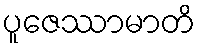
ပူဇေဿာမာတိ